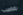
بقضيب